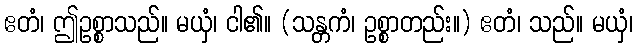
ဧတံ၊ ဤဥစ္စာသည်။ မယှံ၊ ငါ၏။ (သန္တကံ၊ ဥစ္စာတည်း။) ဧတံ၊ သည်။ မယှံ၊